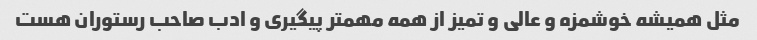
مثل همیشه خوشمزه و عالی و تمیز از همه مهمتر پیگیری و ادب صاحب رستوران هست